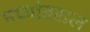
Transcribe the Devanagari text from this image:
मध्यांतराल